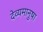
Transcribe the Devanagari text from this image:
देव्यमानुषा